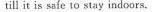
till it is safe to stay indoors.